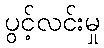
ပွင့်လင်းမှု